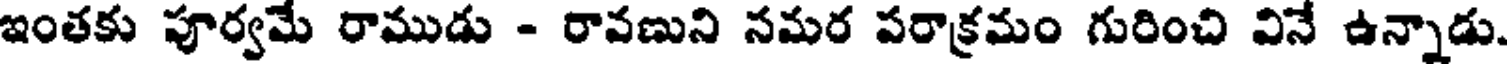
ఇంతకు పూర్వమే రాముడు - రావణుని నమర పరాక్రమం గురించి వినే ఉన్నాడు.